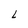
Character: L